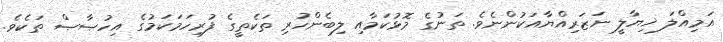
އަމިއްލަ ޚިޔާލީ ނަޒަރިއްޔާއަކުންނެވެ. ތަނުގެ މޮޅުކަމާއި ލިބެންހުރި ތަކެތީގެ ފުރިހަމަކަމުގެ އިހުޞާޞް ތަކެވެ.